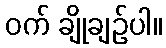
ဝက် ချိုချဉ်ပါ။